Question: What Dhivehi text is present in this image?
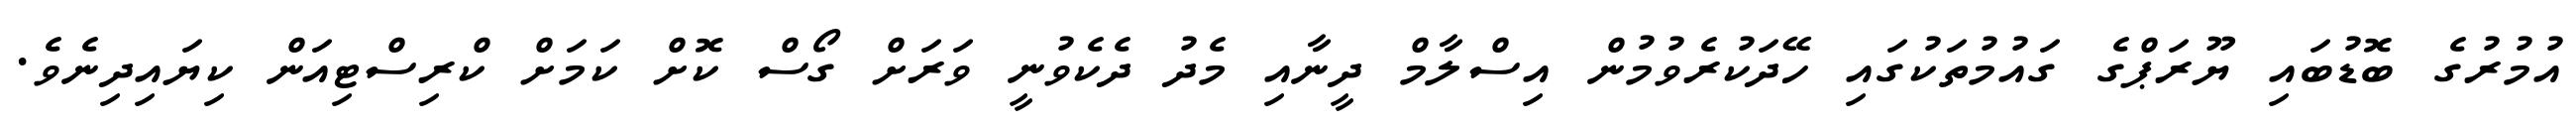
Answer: އުމުރުގެ ބޮޑުބައި ޔޫރަޕްގެ ގައުމުތަކުގައި ހޭދަކުރެވުމުން އިސްލާމް ދީނާއި މެދު ދެކެވުނީ ވަރަށް ގޯސް ކޮށް ކަމަށް ކްރިސްޓިއަން ކިޔައިދިނެވެ.